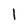
Character: l